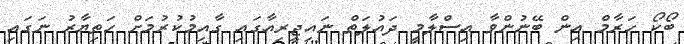
ބޯކޯ ހަރާމް އިން ބޭނުންވާ އިސްލާމީ ދައުލަތް ނައިޖީރިއާގައި ގާއިމުކުރުމަށް ހަތިޔާރު ނަގައި